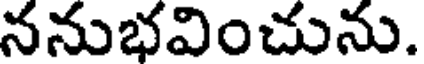
ననుభవించును.